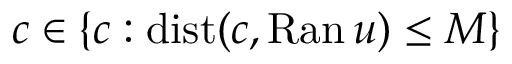
c \in \{ c : \mathrm { d i s t } ( c , \mathrm { R a n } \, u ) \leq M \}